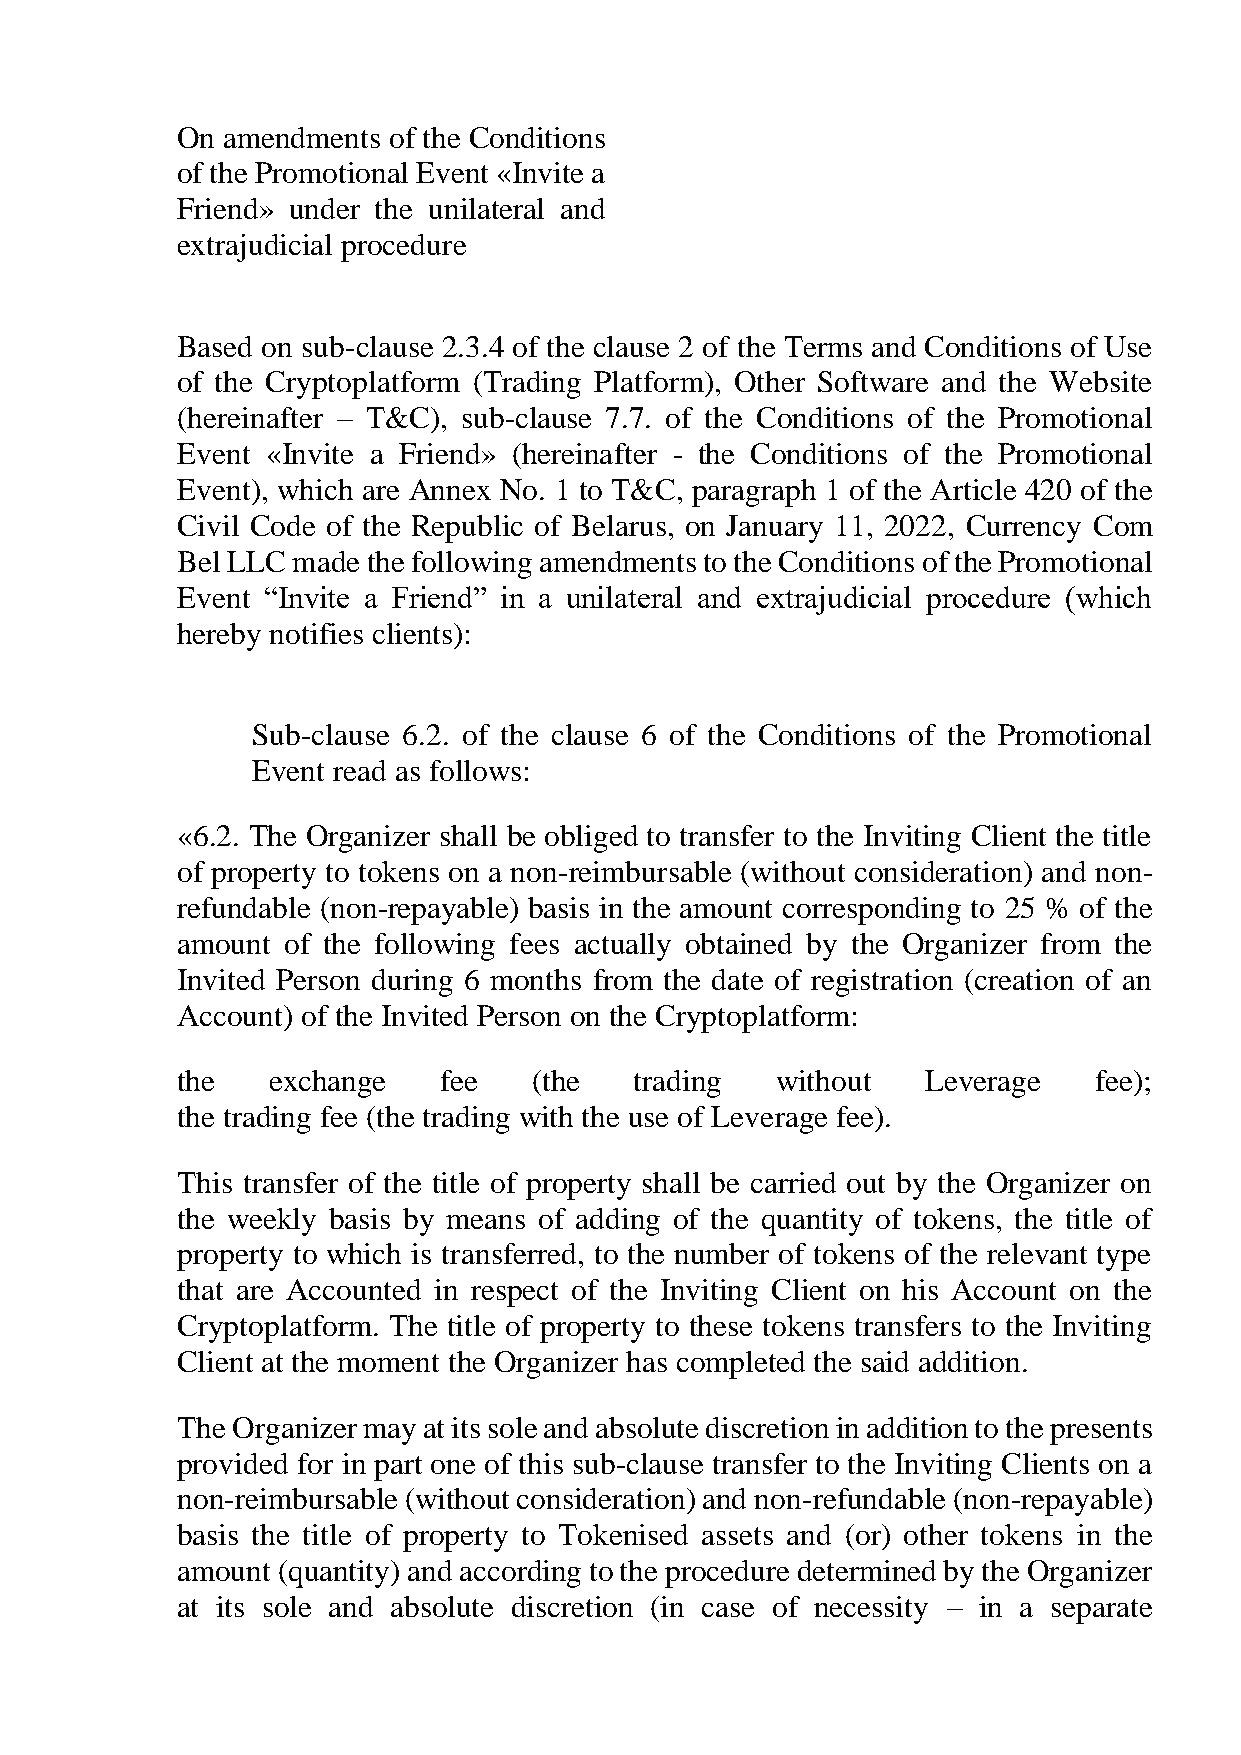
On amendments of the Conditions
 of the Promotional Event «Invite a
 Friend» under the unilateral and
 extrajudicial procedure
 Based on sub-clause 2.3.4 of the clause 2 of the Terms and Conditions of Use
 of the Cryptoplatform (Trading Platform), Other Software and the Website
 (hereinafter – T&C), sub-clause 7.7. of the Conditions of the Promotional
 Event «Invite a Friend» (hereinafter - the Conditions of the Promotional
 Event), which are Annex No. 1 to T&C, paragraph 1 of the Аrticle 420 of the
 Civil Code of the Republic of Belarus, on January 11, 2022, Currency Com
 Bel LLC made the following amendments to the Conditions of the Promotional
 Event “Invite a Friend” in a unilateral and extrajudicial procedure (which
 hereby notifies clients):
 Sub-clause 6.2. of the clause 6 of the Conditions of the Promotional
 Event read as follows:
 «6.2. The Organizer shall be obliged to transfer to the Inviting Client the title
 of property to tokens on a non-reimbursable (without consideration) and non-
 refundable (non-repayable) basis in the amount corresponding to 25 % of the
 amount of the following fees actually obtained by the Organizer from the
 Invited Person during 6 months from the date of registration (creation of an
 Account) of the Invited Person on the Cryptoplatform:
 the   exchange   fee   (the   trading  without   Leverage   fee);
 the trading fee (the trading with the use of Leverage fee).
 This transfer of the title of property shall be carried out by the Organizer on
 the weekly basis by means of adding of the quantity of tokens, the title of
 property to which is transferred, to the number of tokens of the relevant type
 that are Accounted in respect of the Inviting Client on his Account on the
 Cryptoplatform. The title of property to these tokens transfers to the Inviting
 Client at the moment the Organizer has completed the said addition.
 The Organizer may at its sole and absolute discretion in addition to the presents
 provided for in part one of this sub-clause transfer to the Inviting Clients on a
 non-reimbursable (without consideration) and non-refundable (non-repayable)
 basis the title of property to Tokenised assets and (or) other tokens in the
 amount (quantity) and according to the procedure determined by the Organizer
 at its sole and absolute discretion (in case of necessity – in a separate